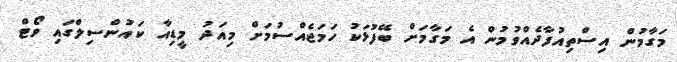
މަގާމުން އިސްތިއުފާދެއްވުމުން އެ މަގާމަށް ބޭފުޅަކު ހަމަޖެއްސުމަށް މިއަދު މީޑިއާ ކައުންސިލްގައި ވޯޓް